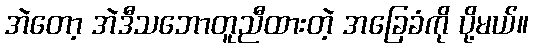
အဲတော့ အဲဒီသဘောတူညီထားတဲ့ အခြေခံကို ပို့မယ်။